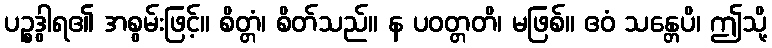
ပဉ္စဒွါရ၏ အစွမ်းဖြင့်။ စိတ္တံ၊ စိတ်သည်။ န ပဝတ္တတိ၊ မဖြစ်။ ဧဝံ သန္တေပိ၊ ဤသို့